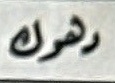
دهوك